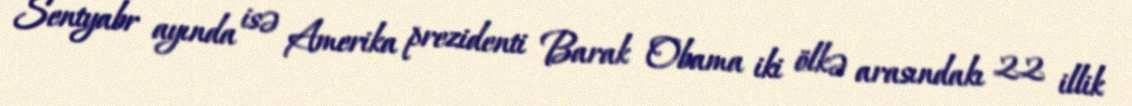
Sentyabr ayında isə Amerika prezidenti Barak Obama iki ölkə arasındakı 22 illik